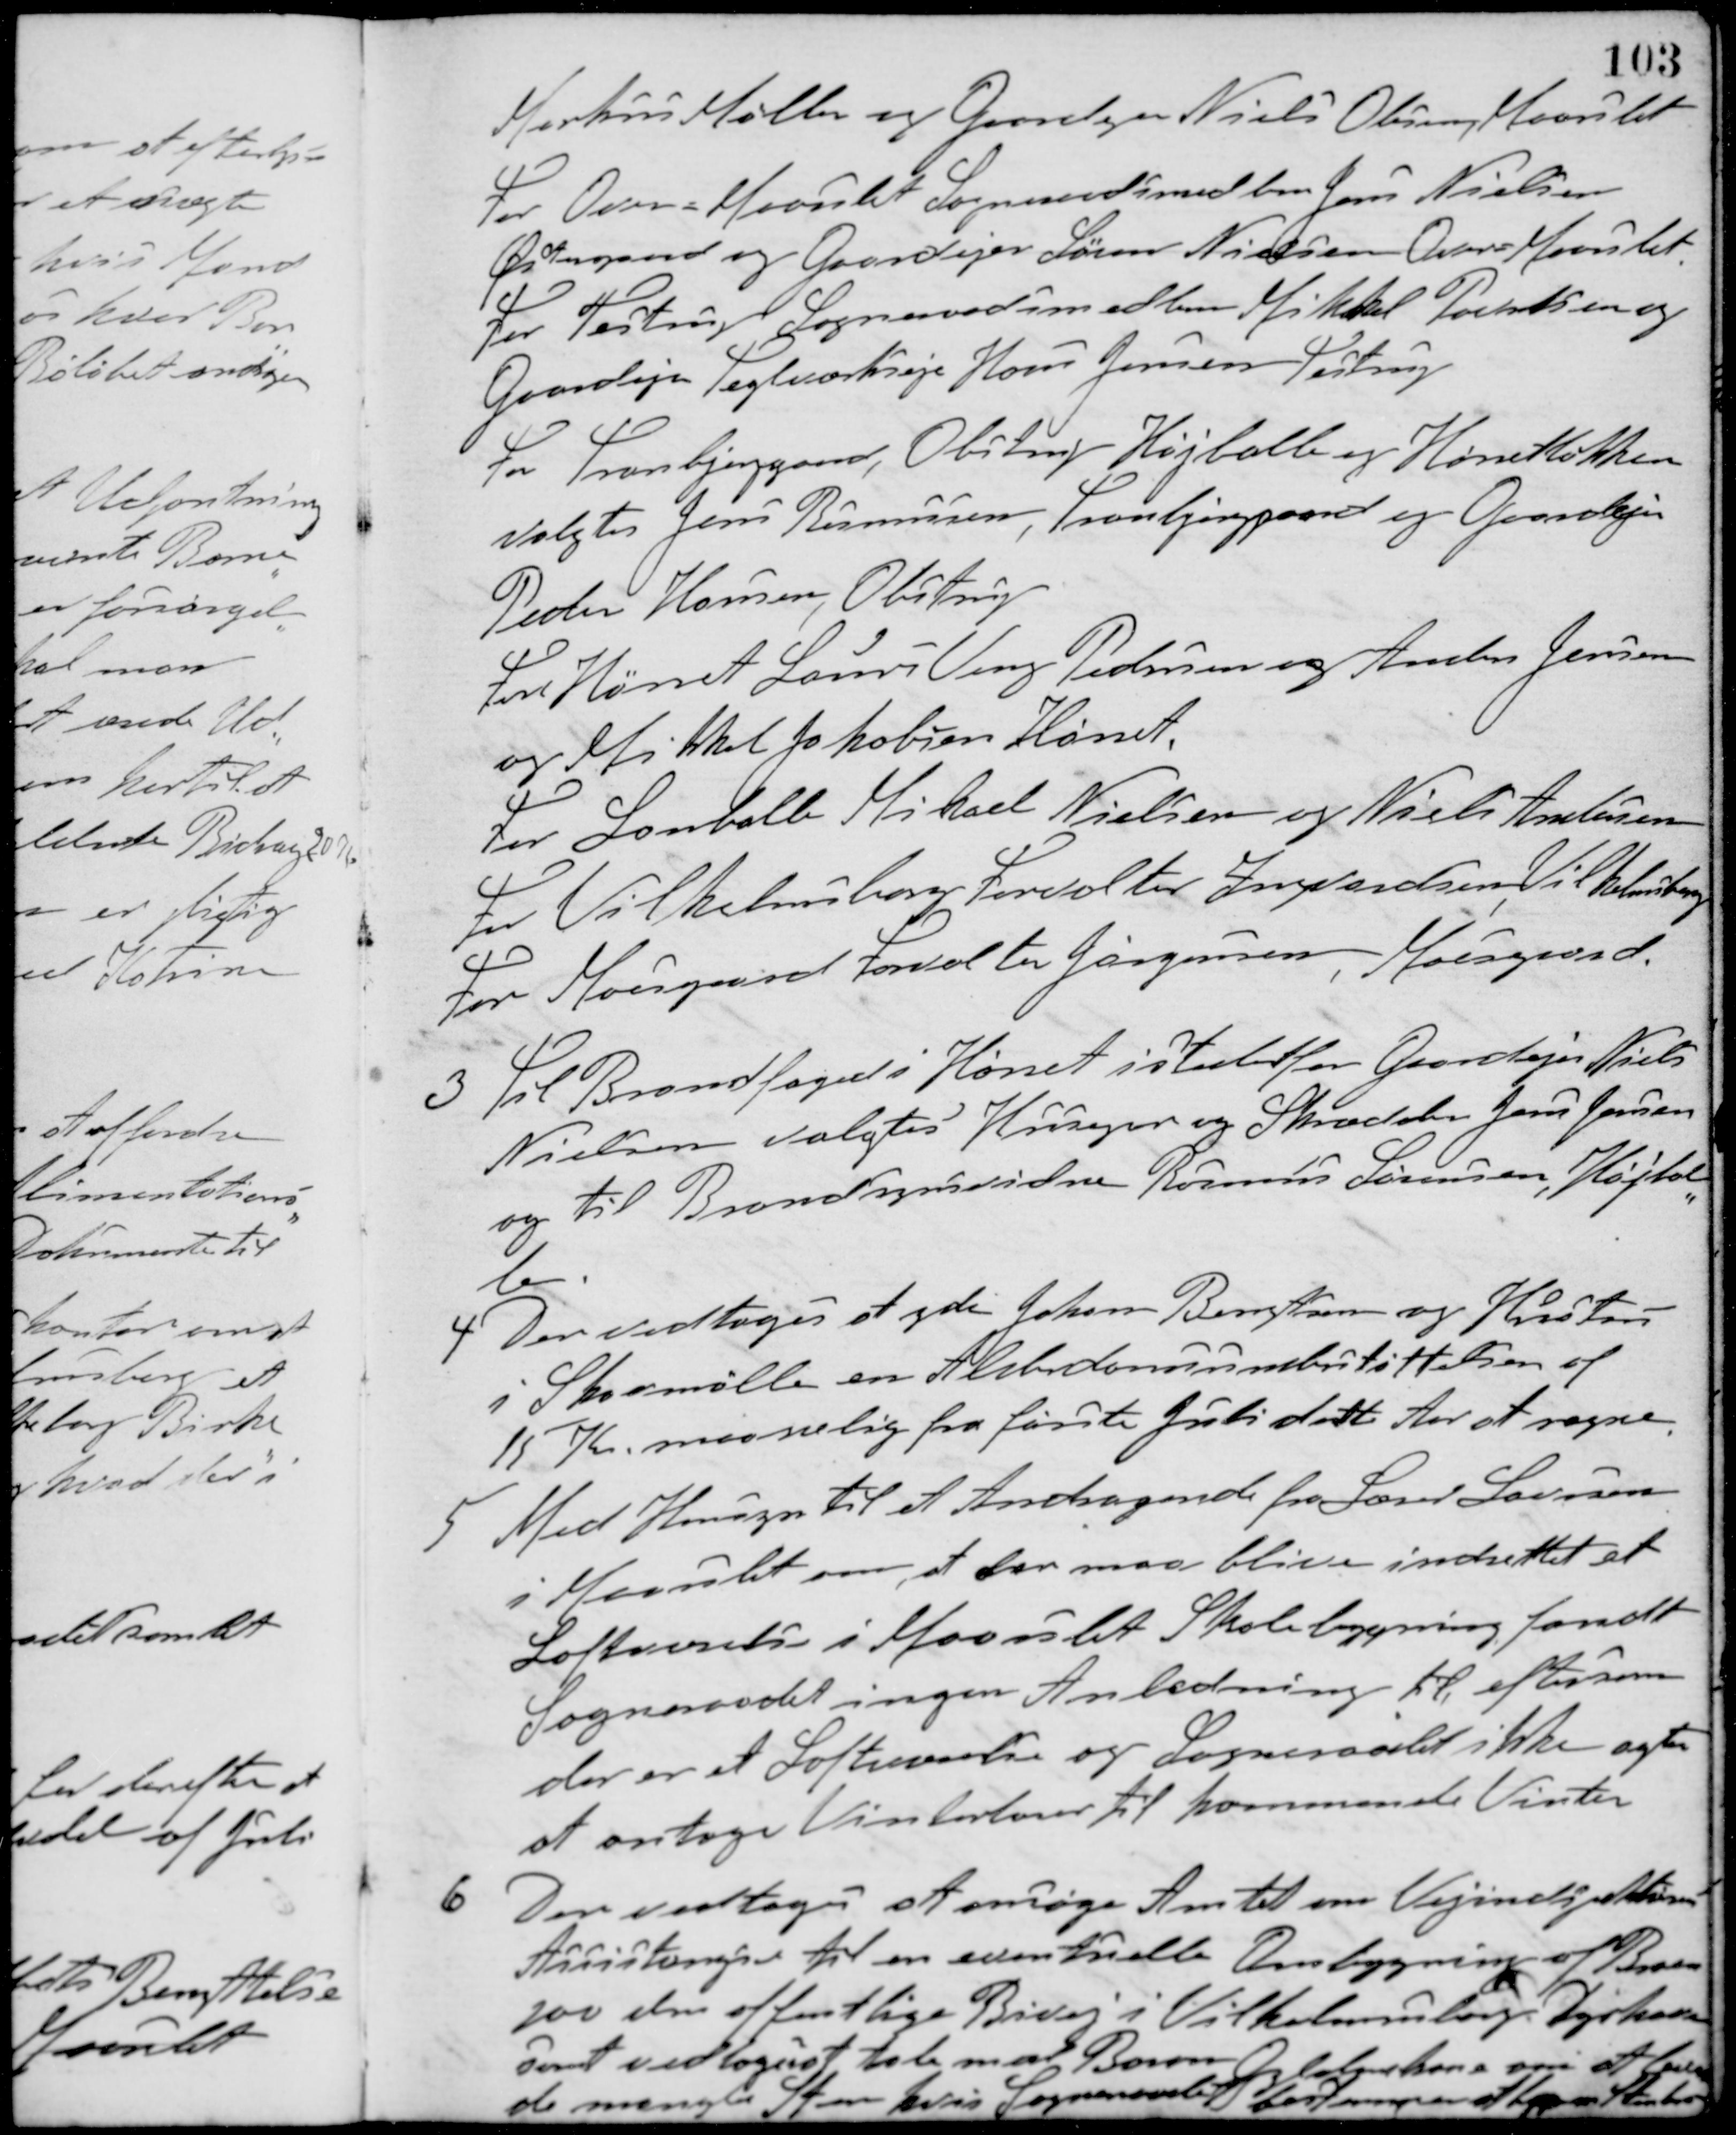
Transskription:
Markus Møller og Gaardejer Niels Olesen, Maarslet
For Over-Maarslet Sogneraadsmedlem Jens Nielsen
Østergaard og Gaardejer Søren Nielsen Over-Maarslet
For Testrup Sogneraadsmedlem Mikkel Poulsen og
Gaardejer Teglværksejer Hans Jensen, Testrup
For Tranbjerggaard, Obstrup, Højballe og Hørretløkken
valgtes Jens Rasmussen, Tranbjerggaard og Gaardejer
Peder Hansen, Obstrup.
For Hørret Laurs Veng Pedersen og Anders Jensen
og Mikkel Jakobsen Hørret.
For Lanballe Mikael Nielsen og Niels Andersen
For Vilhelmsborg Forvalter Ingvardsen, Vilhelmsborg
For Moesgaard Forvalter Jørgensen, Moesgaard.
3 Til Brandfoged i Hørret istedetfor Gaardejer Niels
Nielsen valgtes Husejer og Skrædder Jens Jensen
og til Brandsynsvidne Rasmus Sørensen, Højbal-
le.
4. Der vedtoges at yde Johan Bengtsen og Hustru
i Skovmølle en Alderdomsunderstøttelse af
15 Kr. maanelig fra første Juli dette Aar at regne.
5 Med Hensyn til et Andragende fra Lærer Laursen
i Maarslet om, at der maa blive indrettet et
Loftværelse i Maarslet Skolebygning fandt
Sogneraadet ingen Anledning til, eftersom
der er et Loftværelse og Sogneraadet ikke agter
at antage Vinterlærer til kommende Vinter.
6. Der vedtoges at ansøge Amtet om Vejindspektørens
Assistangse til en eventuelle Ombygning af Broen
paa den offentlige Bivej i Vilhelmsborg Dyrhaven
samt vedtoges at tale med Baron
Gyldenkrone om at levere
de manglen Sten hvis Sogneraadet bestemmer at lægge Stenkant